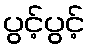
ပွင့်ပွင့်